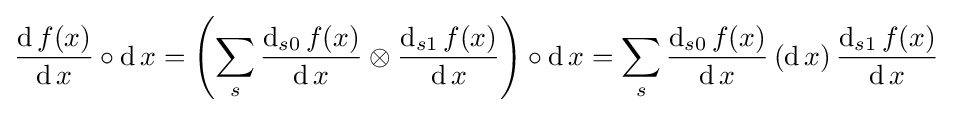
{\frac {\operatorname {d} f(x)}{\operatorname {d} x}}\circ \operatorname {d} x=\left(\sum _{s}{\frac {\operatorname {d} _{s0}f(x)}{\operatorname {d} x}}\otimes {\frac {\operatorname {d} _{s1}f(x)}{\operatorname {d} x}}\right)\circ \operatorname {d} x=\sum _{s}{\frac {\operatorname {d} _{s0}f(x)}{\operatorname {d} x}}\left(\operatorname {d} x\right){\frac {\operatorname {d} _{s1}f(x)}{\operatorname {d} x}}